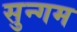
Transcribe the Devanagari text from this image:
सुन्गम